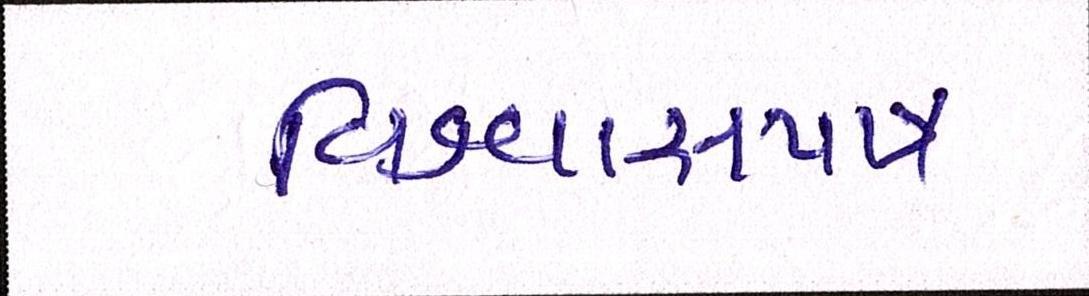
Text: વિશ્વાસપાત્ર